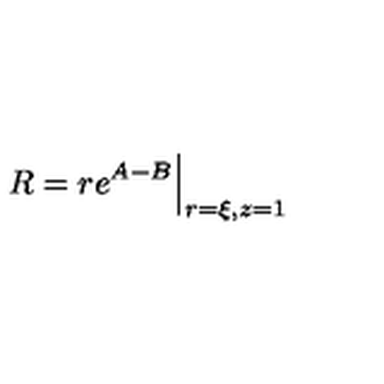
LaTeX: R = r e ^ { A - B } \Big | _ { r = \xi , z = 1 }